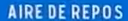
AIREDEREPOS